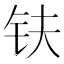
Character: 𫓧